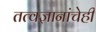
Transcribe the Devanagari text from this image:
तत्वज्ञानांचेही